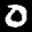
Label: 0